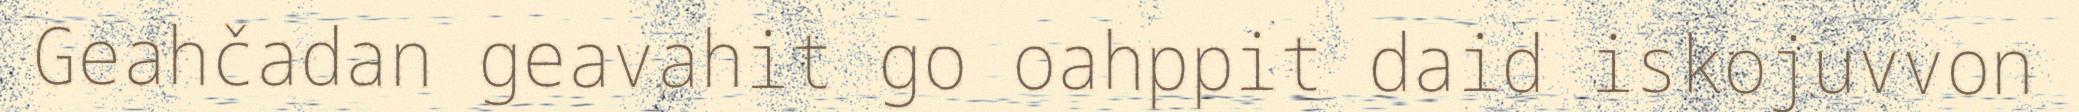
Geahčadan geavahit go oahppit daid iskojuvvon